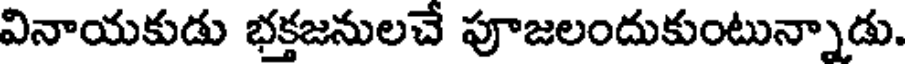
వినాయకుడు భక్తజనులచే పూజలందుకుంటున్నాడు.